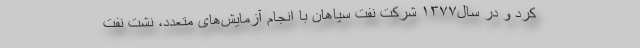
کرد و در سال۱۳۷۷ شرکت نفت سپاهان با انجام آزمایش‌های متعدد، نشت نفت